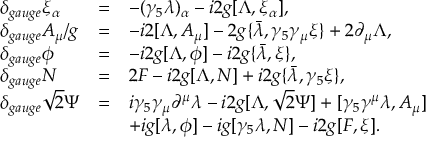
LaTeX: \begin{array} { l c l } { { \delta _ { g a u g e } \xi _ { \alpha } } } & { { = } } & { { - ( \gamma _ { 5 } \lambda ) _ { \alpha } - i 2 g [ \Lambda , \xi _ { \alpha } ] , } } \\ { { \displaystyle \delta _ { g a u g e } A _ { \mu } / g } } & { { = } } & { { - i 2 [ \Lambda , A _ { \mu } ] - 2 g \{ \bar { \lambda } , \gamma _ { 5 } \gamma _ { \mu } \xi \} + 2 \partial _ { \mu } \Lambda , } } \\ { { \delta _ { g a u g e } \phi } } & { { = } } & { { - i 2 g [ \Lambda , \phi ] - i 2 g \{ \bar { \lambda } , \xi \} , } } \\ { { \delta _ { g a u g e } N } } & { { = } } & { { 2 F - i 2 g [ \Lambda , N ] + i 2 g \{ \bar { \lambda } , \gamma _ { 5 } \xi \} , } } \\ { { \delta _ { g a u g e } \sqrt { 2 } \Psi } } & { { = } } & { { i \gamma _ { 5 } \gamma _ { \mu } \partial ^ { \mu } \lambda - i 2 g [ \Lambda , \sqrt { 2 } \Psi ] + [ \gamma _ { 5 } \gamma ^ { \mu } \lambda , A _ { \mu } ] } } \\ { { } } & { { } } & { { + i g [ \lambda , \phi ] - i g [ \gamma _ { 5 } \lambda , N ] - i 2 g [ F , \xi ] . } } \end{array}